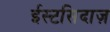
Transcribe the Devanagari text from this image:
ईस्टसिदाज़